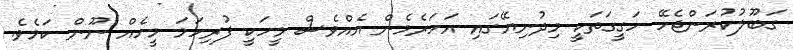
ގަބޫލުކުރަންޖެހޭ ހަގީގަތަކީ މިދުނިޔޭގައި އަހަރެމެން އެއްވެސް މީހަކީ ފުރިހަމަ މީހެއް ނޫން ކަމެވެ.